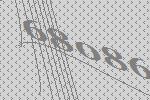
68086